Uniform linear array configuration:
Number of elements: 12
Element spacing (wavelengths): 0.25
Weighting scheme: cosine
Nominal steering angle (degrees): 45
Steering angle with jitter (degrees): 45.242
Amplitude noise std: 0.05
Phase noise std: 0.05

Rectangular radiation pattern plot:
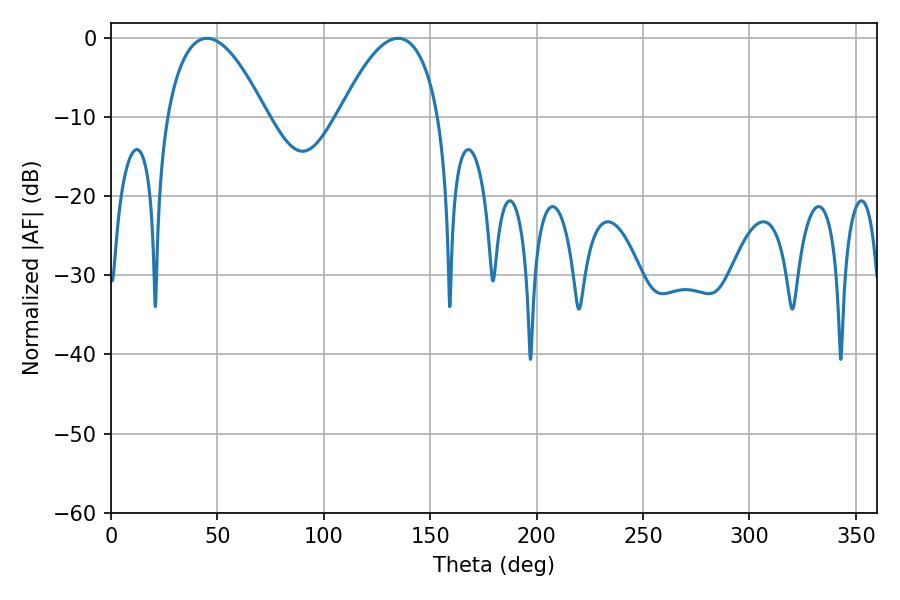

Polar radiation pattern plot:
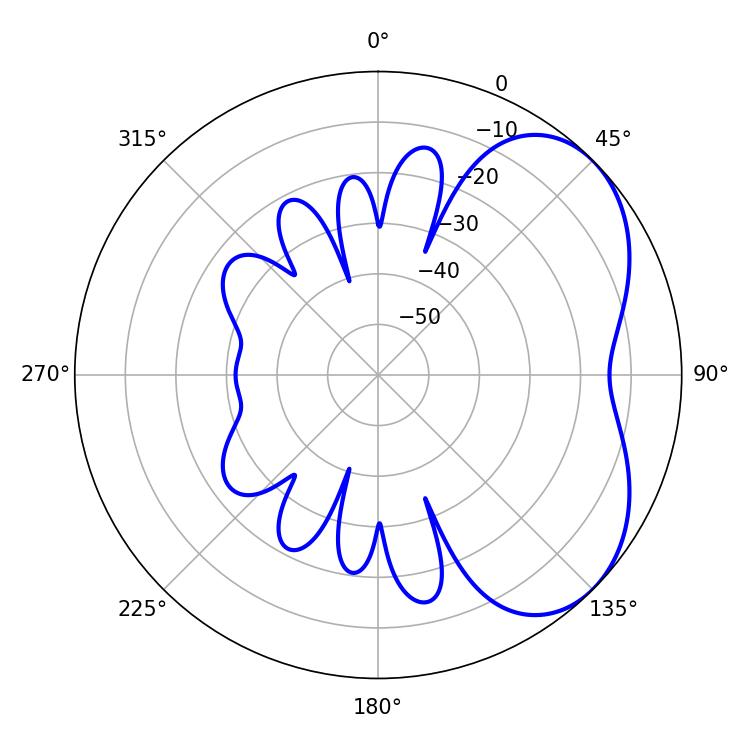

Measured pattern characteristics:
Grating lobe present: FALSE
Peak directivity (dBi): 4.442
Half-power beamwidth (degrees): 25.92
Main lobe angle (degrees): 45.18